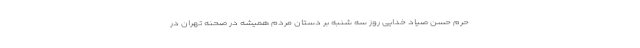
حرم حسن صیاد خدایی روز سه شنبه بر دستان مردم همیشه در صحنه تهران در